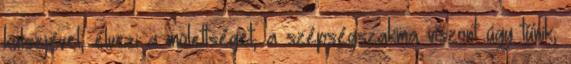
külsejével, élvezi a molettséget, a szépségszakma viszont úgy tűnik,